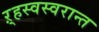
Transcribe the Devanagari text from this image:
ऱ्हस्वस्वरान्त